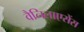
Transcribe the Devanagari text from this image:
वैनिलाएसेंस